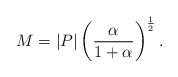
LaTeX: \begin{align*}M= |P| \left({\alpha \over {1+\alpha}}\right)^{1\over 2}.\end{align*}